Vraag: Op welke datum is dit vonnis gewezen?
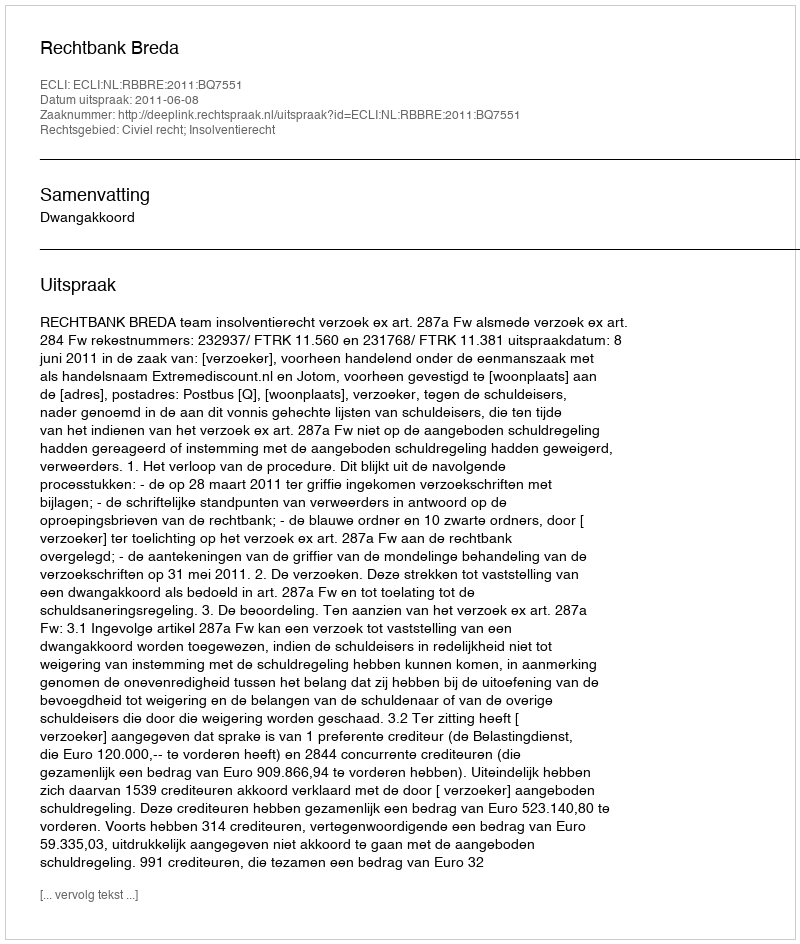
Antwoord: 2011-06-08